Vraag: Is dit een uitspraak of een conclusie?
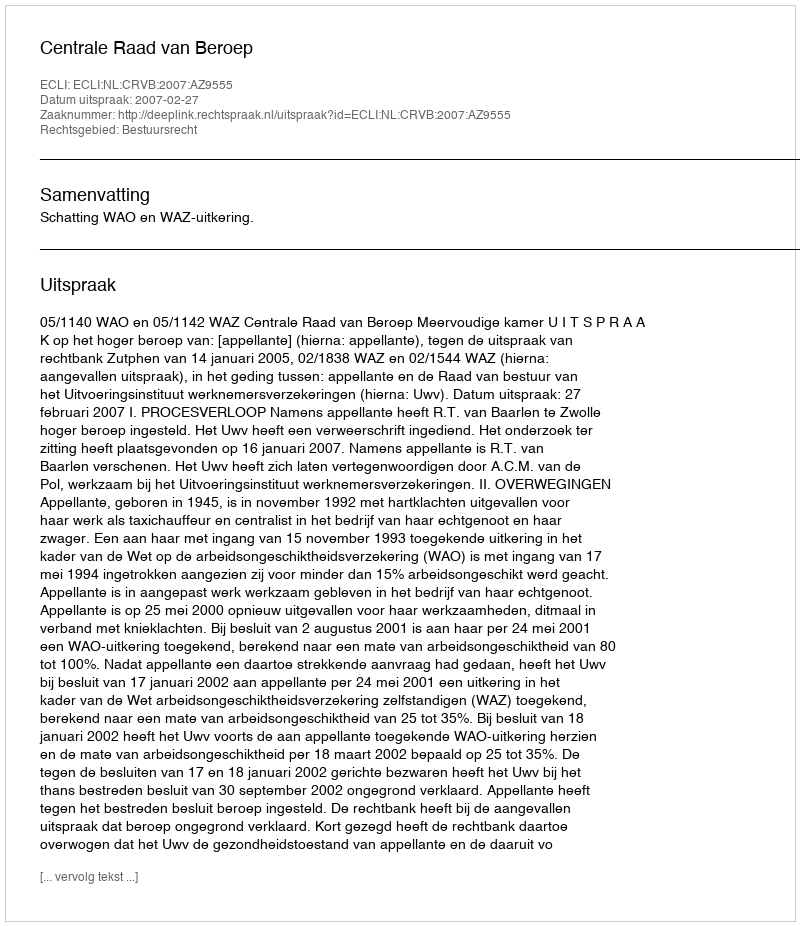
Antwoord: Uitspraak